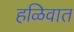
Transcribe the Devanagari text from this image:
हळिवात